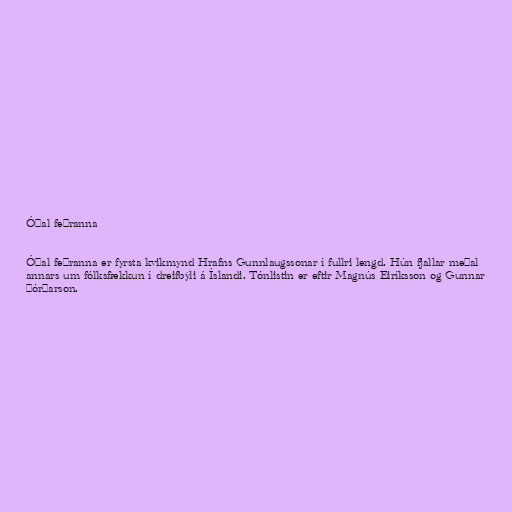
Óðal feðranna

Óðal feðranna er fyrsta kvikmynd Hrafns Gunnlaugssonar í fullri lengd. Hún fjallar meðal
annars um fólksfækkun í dreifbýli á Íslandi. Tónlistin er eftir Magnús Eiríksson og Gunnar
Þórðarson.